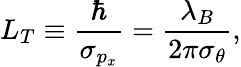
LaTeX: L_{T}\equiv\frac{\hbar}{\sigma_{p_{x}}}=\frac{\lambda_{B}}{2\pi\sigma_{\theta}},